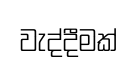
වැද්දීමක්